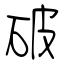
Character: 破